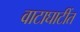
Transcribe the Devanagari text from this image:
वाटाघाटींत